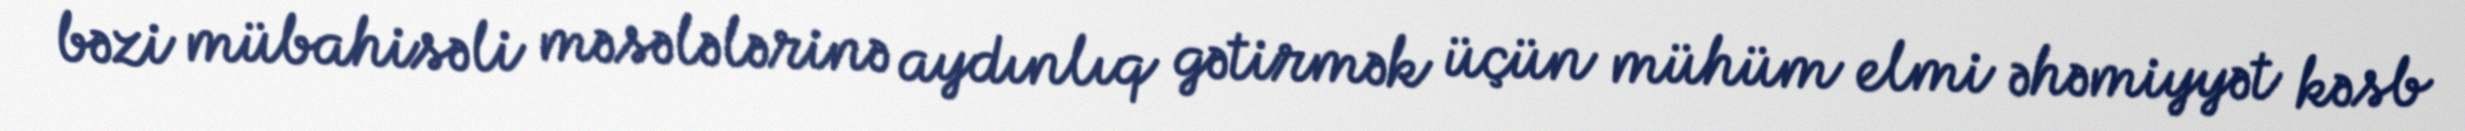
bəzi mübahisəli məsələlərinə aydınlıq gətirmək üçün mühüm elmi əhəmiyyət kəsb